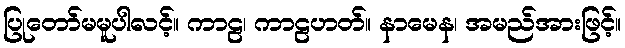
ပြုတော်မမူပါလင့်။ ကာဠ၊ ကာဠဟတ်။ နာမေန၊ အမည်အားဖြင့်။